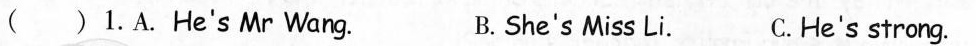
( ) 1.A.He's Mr Wang. B. She's Miss Li. C.He's strong.